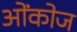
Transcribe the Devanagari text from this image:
ओंकोज